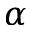
\alpha